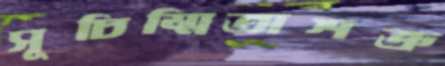
সূচিম্মিতাশত্রু